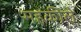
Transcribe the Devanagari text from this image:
महकीले